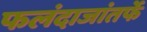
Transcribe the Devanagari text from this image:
फलंदाजांतर्फे